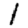
Digit: 1